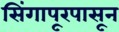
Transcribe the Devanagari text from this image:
सिंगापूरपासून